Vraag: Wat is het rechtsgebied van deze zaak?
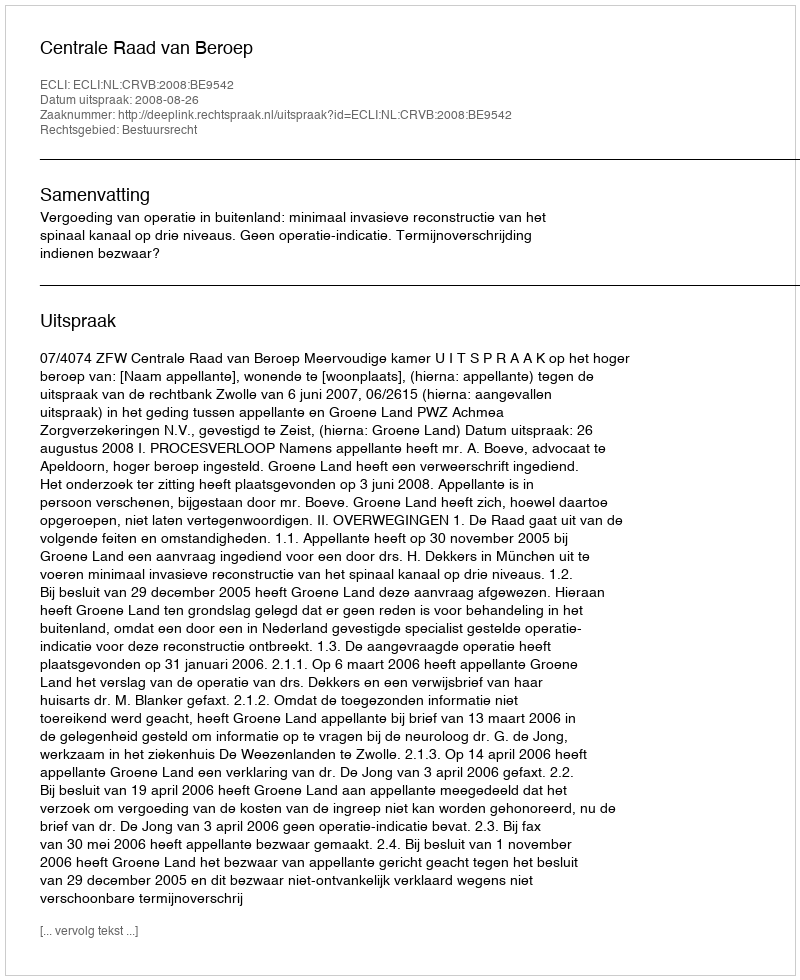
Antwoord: Bestuursrecht